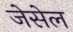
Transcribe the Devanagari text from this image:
जेसेल